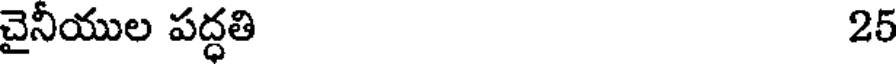
చైనీయుల పద్ధతి 25